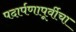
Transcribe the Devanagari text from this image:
पदार्पणापूर्वीचा